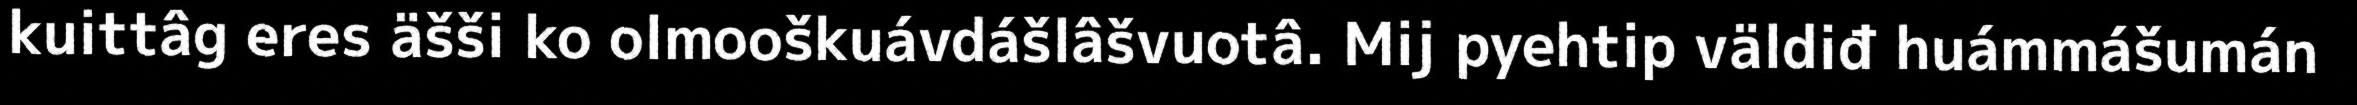
kuittâg eres äšši ko olmooškuávdášlâšvuotâ. Mij pyehtip väldiđ huámmášumán